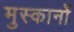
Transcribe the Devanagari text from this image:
मुस्कानों